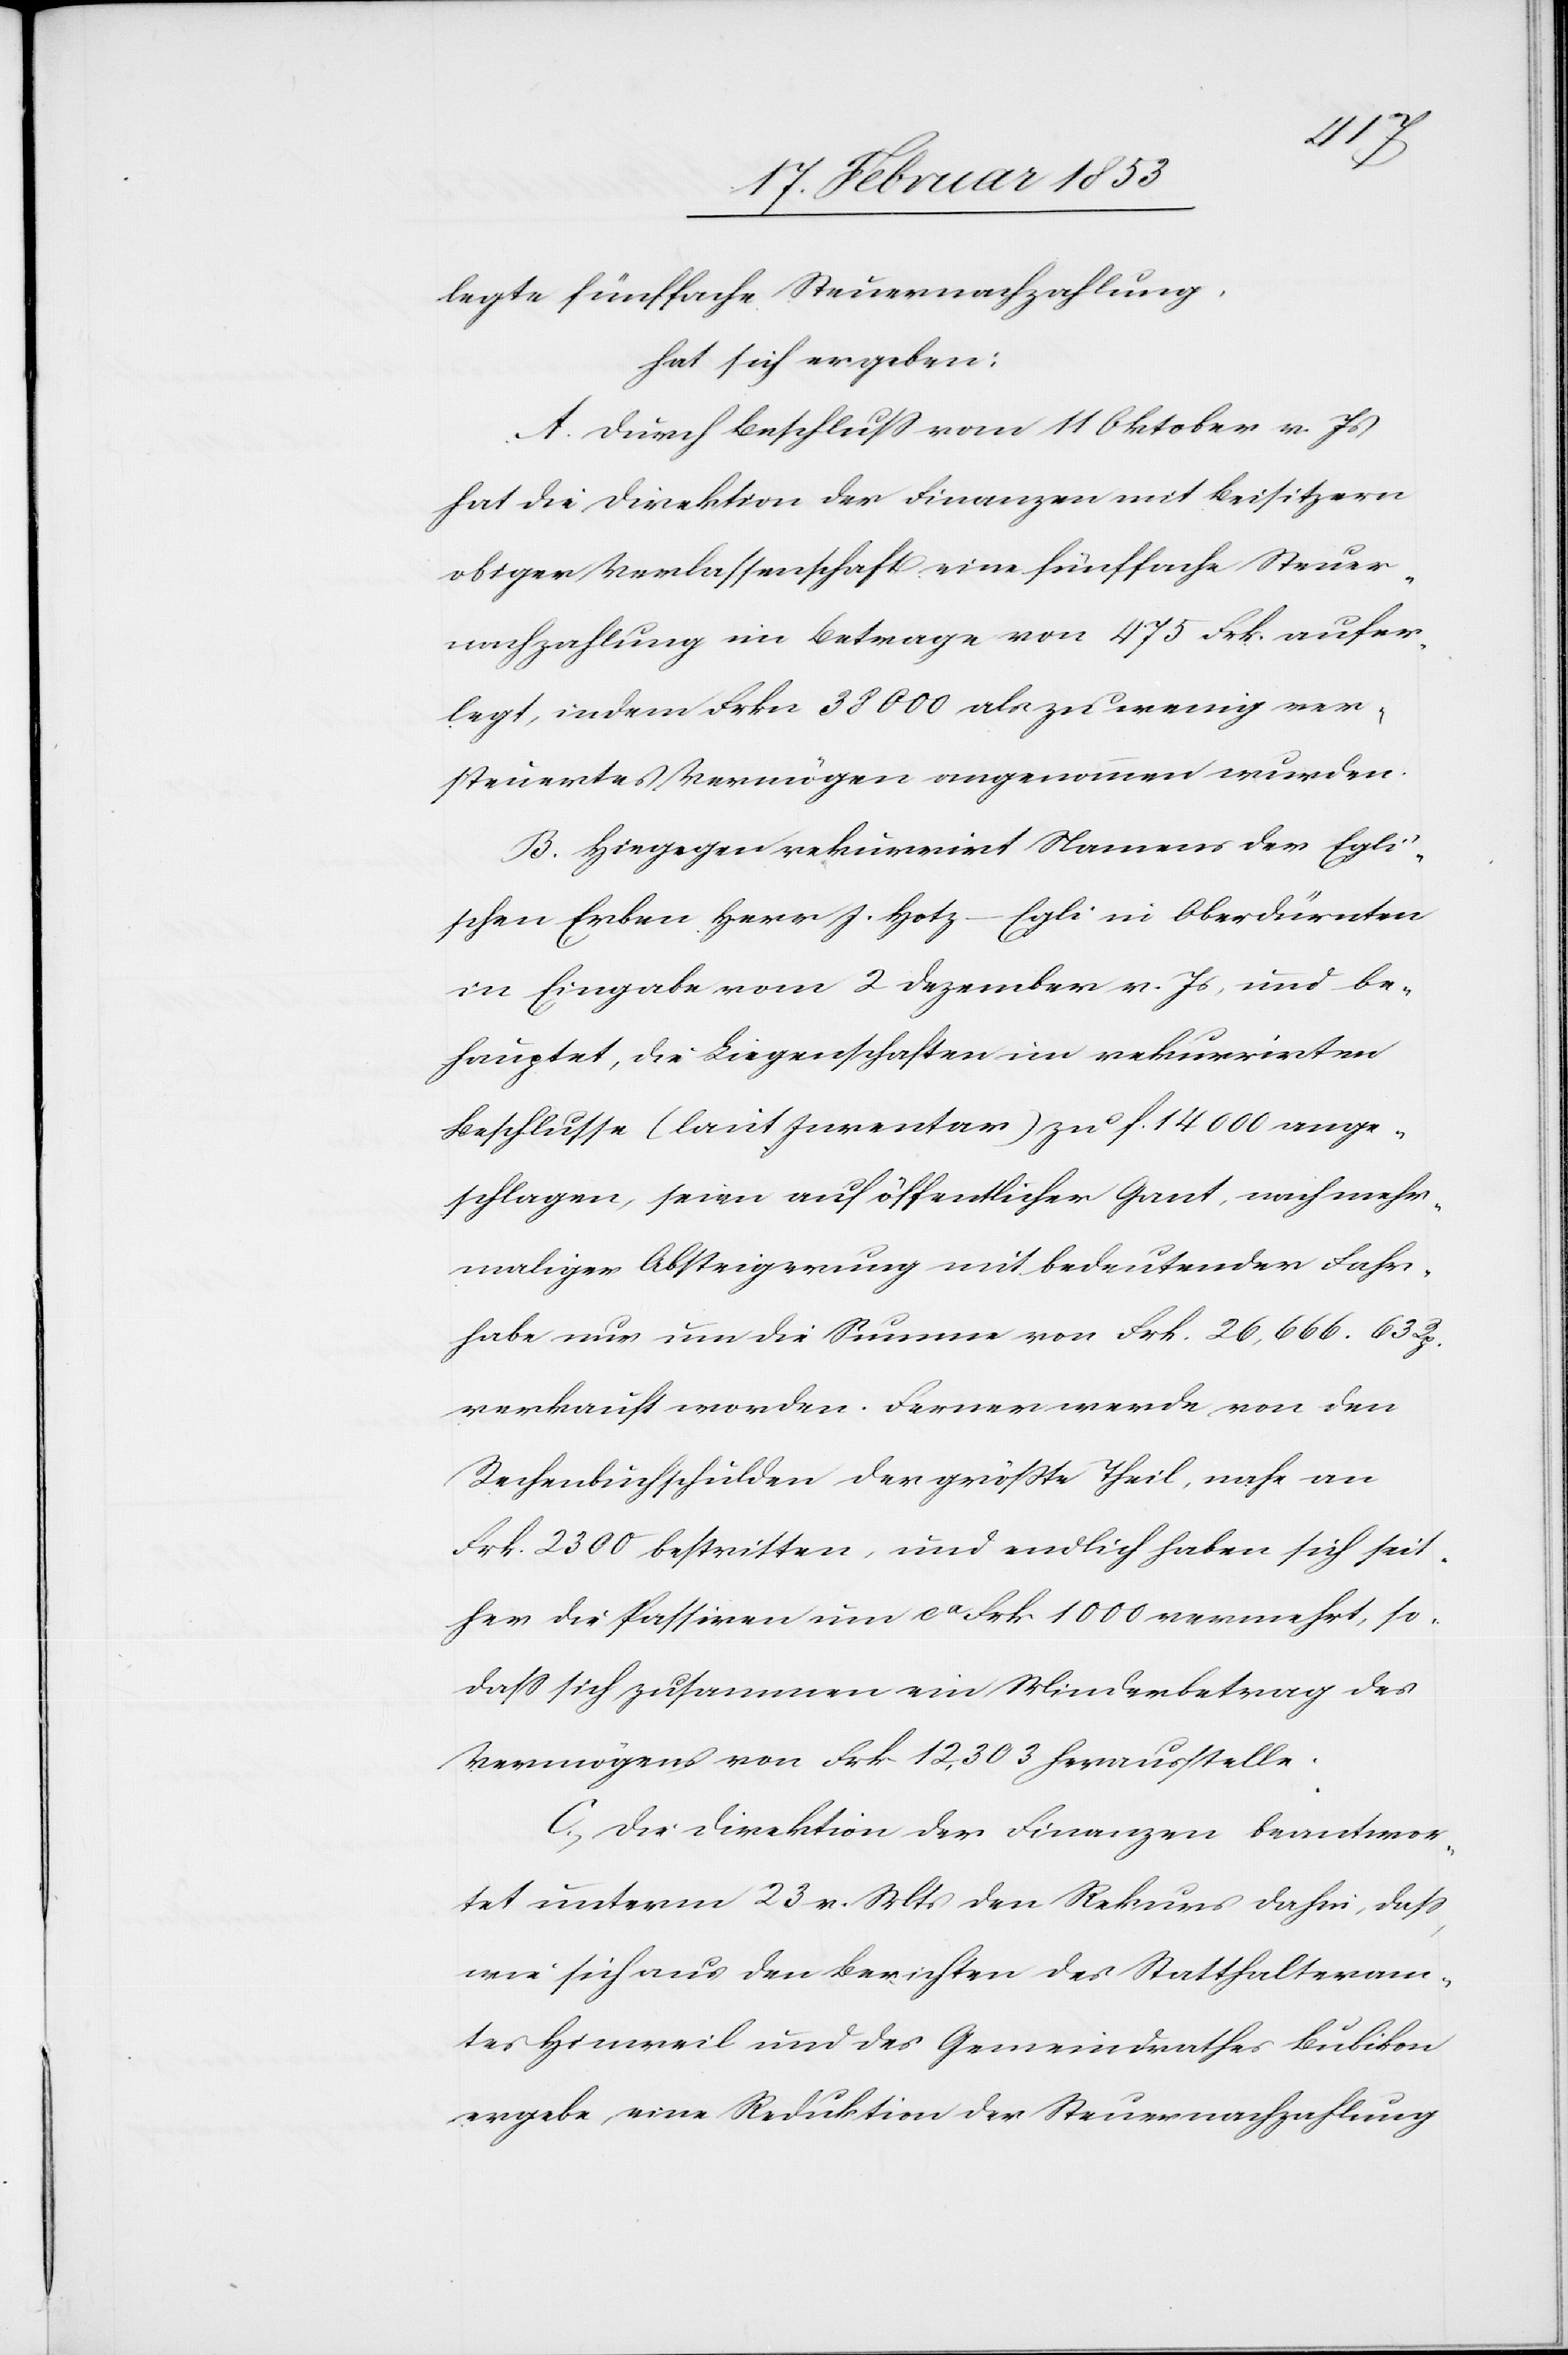
erlegte fünffache Steuernachzahlung.
hat sich ergeben:
Durch Beschluß vom 11 Oktober v. Js.
hat die Direktion der Finanzen mit Beisitzern
obiger Verlassenschaft eine fünffache Steuer¬
nachzahlung im Betrage von 475 Frk. aufer¬
legt, indem Frkn 38000 als zu wenig ver¬
steuertes Vermögen angenommen wurden.
Hingegen rekurrirt Namens der Egli’s¬
chen Erben Herr J. Hotz-Egli in Oberdürnten
in Eingabe vom 2 Dezember v. Js. und be¬
hauptet, die Liegenschaften im rekurrirten
Beschlusse (laut Inventar) zu f. 14000 ange¬
schlagen, seien auf öffentlicher Gant, nach mehr¬
maliger Absteigerung mit bedeutender Fahr¬
habe nur um die Summe von Frk. 26, 666. 63 Rp.
verkauft worden. Ferner werde von den
Rechenbuchschulden der größte Theil, nahe an
Frk. 2300 bestritten, und endlich haben sich seit¬
her die Passiven um ca. Frk. 1000 vermehrt, so
daß sich zusammen ein Mindestbetrag des
Vermögens von Frk. 12,303 herausstelle.
Die Direktion der Finanzen beantwor¬
tet unterm 23 v. Mts. den Rekurs dahin, daß,
wie sich aus den Berichten des Statthalteram¬
tes Hinweil und des Gemeindrathes Bubikon
ergebe, eine Reduktion der Steuernachzahlung